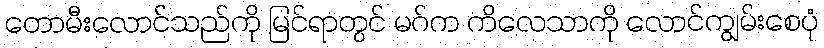
တောမီးလောင်သည်ကို မြင်ရာတွင် မဂ်က ကိလေသာကို လောင်ကျွမ်းစေပုံ